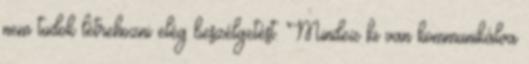
nem tudok létrehozni elég beszélgetést. Mindez ki van kommunikálva